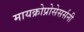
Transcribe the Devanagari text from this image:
मायक्रोप्रोसेसर्सनी